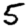
Digit: 5